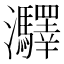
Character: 㶠